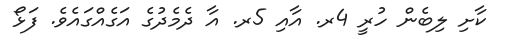
ކާށި ލިބެން ހުރީ 4ރ. އާއި 5ރ. އާ ދެމެދުގެ އަގެއްގައެވެ. ފަޅޯ